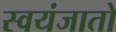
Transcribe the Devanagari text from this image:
स्वयंजातो